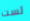
لست